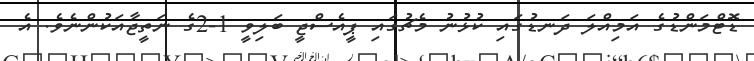
ޑޮޓްމަންޑުގެ އަމިއްލަ ދަނޑުގައި ކުޅުނު މެޗުގައި ޕީއެސްޖީ ބަލިވީ 1-2ގެ ނަތީޖާއަކުންނެވެ. އެ